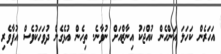
އަހަރެން ކަހަލަ އަންހެން ކުއްޖަކު އިނާޒްއަށް ނުވާނެ. ތިހެން އުޅެގެން ދުވަހަކުވެސް އުފާވެރި